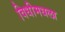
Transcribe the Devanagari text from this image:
विधीमधला